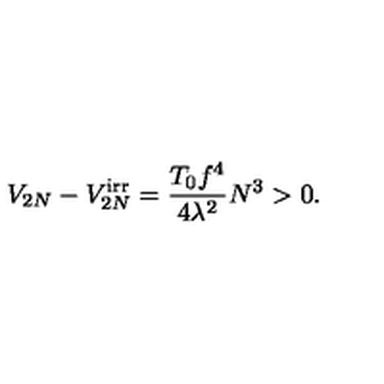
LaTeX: V _ { 2 N } - V _ { 2 N } ^ { \mathrm { i r r } } = \frac { T _ { 0 } f ^ { 4 } } { 4 \lambda ^ { 2 } } N ^ { 3 } > 0 .